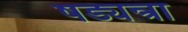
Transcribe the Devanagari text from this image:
षड्यन्त्रा